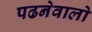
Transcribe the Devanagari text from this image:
पढनेवालो